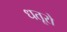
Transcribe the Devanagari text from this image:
धतूरो